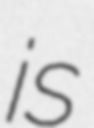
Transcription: is